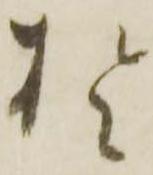
於